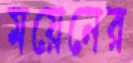
ময়েনের